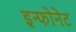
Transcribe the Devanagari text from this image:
इन्फोनेट